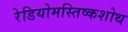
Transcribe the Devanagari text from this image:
रेडियोमस्तिष्कशोथ